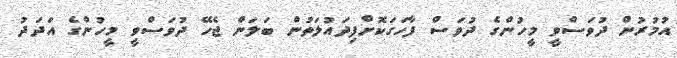
އުމުރުން ދުވަސްވީ މީހުންގެ ދުވަސް ފާހަގަކޮށްފިދައުލަތުން ބަލަން ޖެހޭ ދުވަސްވީ މީހުންގެ އަދަދު